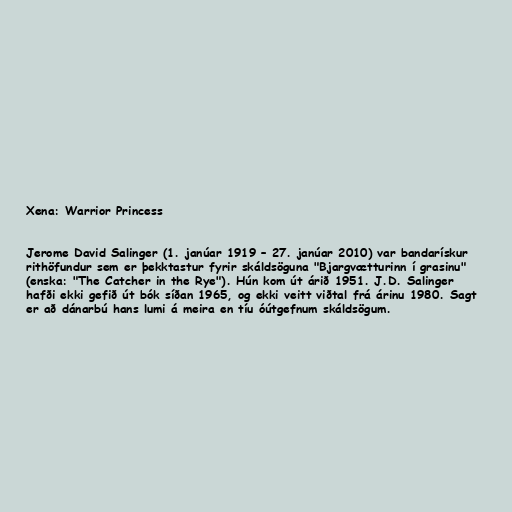
Xena: Warrior Princess

Jerome David Salinger (1. janúar 1919 – 27. janúar 2010) var bandarískur
rithöfundur sem er þekktastur fyrir skáldsöguna "Bjargvætturinn í grasinu"
(enska: "The Catcher in the Rye"). Hún kom út árið 1951. J.D. Salinger
hafði ekki gefið út bók síðan 1965, og ekki veitt viðtal frá árinu 1980. Sagt
er að dánarbú hans lumi á meira en tíu óútgefnum skáldsögum.